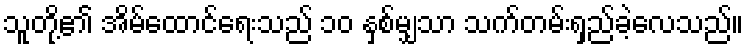
သူတို့၏ အိမ်ထောင်ရေးသည် ၁၀ နှစ်မျှသာ သက်တမ်းရှည်ခဲ့လေသည်။